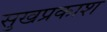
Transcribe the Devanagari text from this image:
सुखप्रकाश